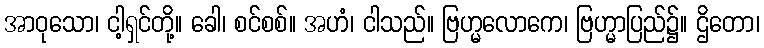
အာဝုသော၊ ငါ့ရှင်တို့။ ခေါ၊ စင်စစ်။ အဟံ၊ ငါသည်။ ဗြဟ္မလောကေ၊ ဗြဟ္မာပြည်၌။ ဌိတော၊